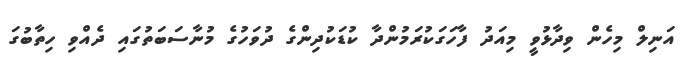
އަނިލް މިހެން ވިދާޅުވީ މިއަދު ފާހަގަކުރަމުންދާ ކުޑަކުދިންގެ ދުވަހުގެ މުނާސަބަތުގައި ދެއްވި ހިތާބުގަ